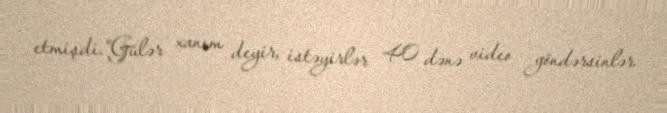
etmişdi.“Gülər xanım deyir, istəyirlər 40 dənə video göndərsinlər.